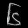
Digit: ၆